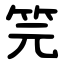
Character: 笎